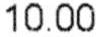
10.00